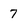
Character: 7